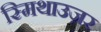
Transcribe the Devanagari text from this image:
स्मिथाउज़र